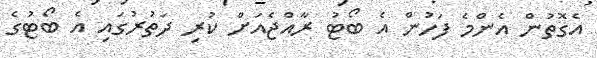
އެގޮތުން އެންމެ ފަހުން އެ ބޯޓު ރާއްޖެއަށް ކުރި ދަތުރުގައި އެ ބޯޓުގެ